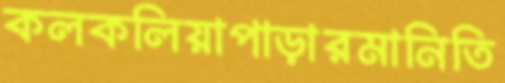
কলকলিয়াপাড়ারমানিতি